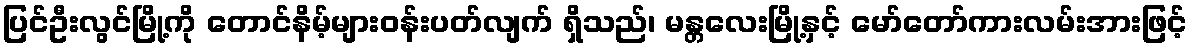
ပြင်ဦးလွင်မြို့ကို တောင်နိမ့်များဝန်းပတ်လျက် ရှိသည်၊ မန္တလေးမြို့နှင့် မော်တော်ကားလမ်းအားဖြင့်